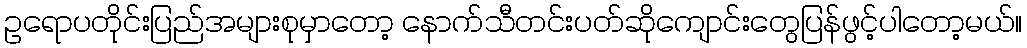
ဥရောပတိုင်းပြည်အများစုမှာတော့ နောက်သီတင်းပတ်ဆိုကျောင်းတွေပြန်ဖွင့်ပါတော့မယ်။